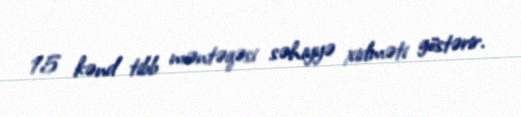
15 kənd tibb məntəqəsi səhiyyə xidməti göstərir.